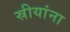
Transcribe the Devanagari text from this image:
स्रीयांना